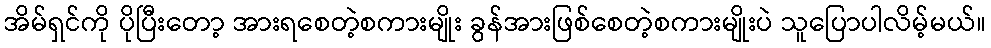
အိမ်ရှင်ကို ပိုပြီးတော့ အားရစေတဲ့စကားမျိုး ခွန်အားဖြစ်စေတဲ့စကားမျိုးပဲ သူပြောပါလိမ့်မယ်။